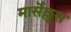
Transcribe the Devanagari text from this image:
मार्सेल्लूस